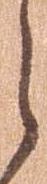
之